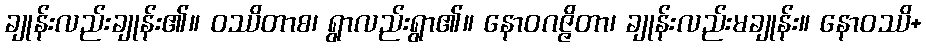
ချုန်းလည်းချုန်း၏။ ဝဿိတာစ၊ ရွာလည်းရွာ၏။ နောဝဂဇ္ဇိတာ၊ ချုန်းလည်းမချုန်း။ နောဝဿိ+